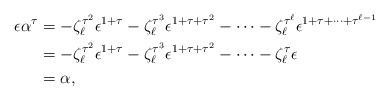
\begin{align*}\epsilon \alpha^{\tau} &= -\zeta_{\ell}^{\tau^2} \epsilon^{1+\tau} - \zeta_{\ell}^{\tau^3} \epsilon^{1+\tau+\tau^2} - \cdots - \zeta_{\ell}^{\tau^{\ell}} \epsilon^{1+\tau + \cdots + \tau^{\ell-1}} \\& = - \zeta_{\ell}^{\tau^2} \epsilon^{1+\tau} - \zeta_{\ell}^{\tau^3} \epsilon^{1+\tau+\tau^2} - \cdots - \zeta_{\ell}^{\tau}\epsilon \\&= \alpha,\end{align*}